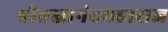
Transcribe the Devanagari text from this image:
श्रीब्रह्मानंदमहाराज